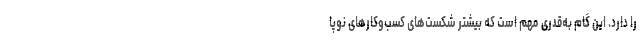
را دارد. این گام به‌قدری مهم است که بیشتر شکست‌های کسب‌وکارهای نوپا